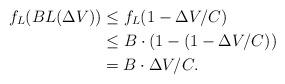
LaTeX: \begin{align*} f_L(BL(\Delta V)) & \leq f_L(1-\Delta V/C)\\ & \leq B\cdot(1-(1-\Delta V/C))\\ & = B\cdot \Delta V/C. \end{align*}